Civil Veterinary Dept. Bombay admin report 1932-41 - 1932-1941
Year: 1932
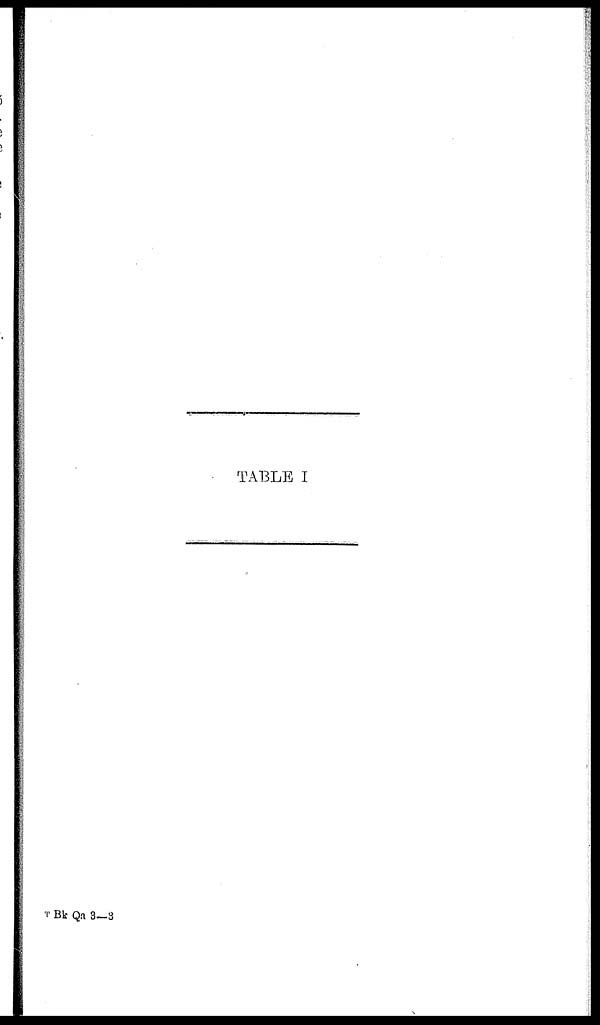
TABLE I
T Bk Qa 3—3